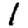
Digit: 1